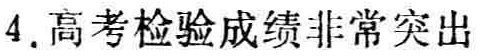
4. 高考检验成绩非常突出